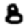
Digit: 8